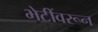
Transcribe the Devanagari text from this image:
भेटींवरून